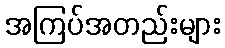
အကြပ်အတည်းများ